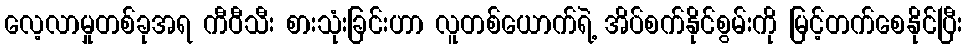
လေ့လာမှုတစ်ခုအရ ကီဝီသီး စားသုံးခြင်းဟာ လူတစ်ယောက်ရဲ့ အိပ်စက်နိုင်စွမ်းကို မြင့်တက်စေနိုင်ပြီး